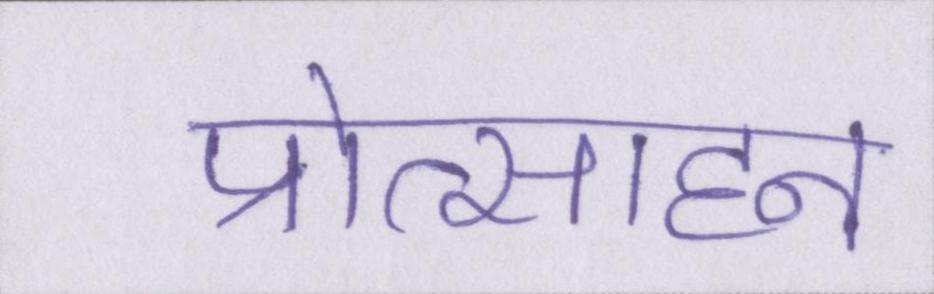
प्रोत्साहन